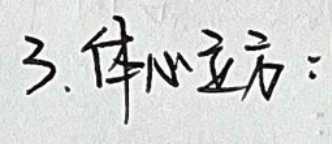
3. 体心立方：